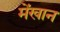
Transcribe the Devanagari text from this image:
मेंखान